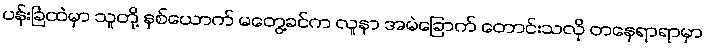
ပန်းခြံထဲမှာ သူတို့ နှစ်ယောက် မတွေ့ခင်က လူနာ အမဲခြောက် တောင်းသလို တနေရာရာမှာ